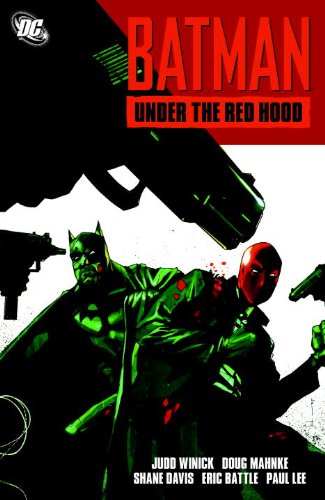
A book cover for Batman: Under the Red Hood; Judd Winick; Comics & Graphic Novels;